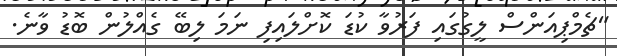
"ޗެމްޕިއަންސް ލީގުގައި ފަރުވާ ކުޑަ ކޮށްލައިފި ނަމަ ލިބޭ ގެއްލުން ބޮޑު ވާނެ.